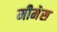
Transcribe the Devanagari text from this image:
मीमेस